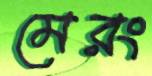
মেরং